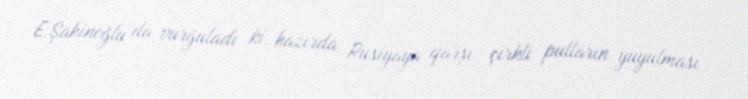
E.Şahinoğlu da vurğuladı ki, hazırda Rusiyaya qarşı çirkli pulların yuyulması